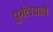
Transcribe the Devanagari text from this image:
कुलियाते